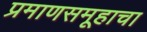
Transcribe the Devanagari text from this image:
प्रमाणसमूहाचा